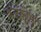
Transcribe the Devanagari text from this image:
कंटकीभूत